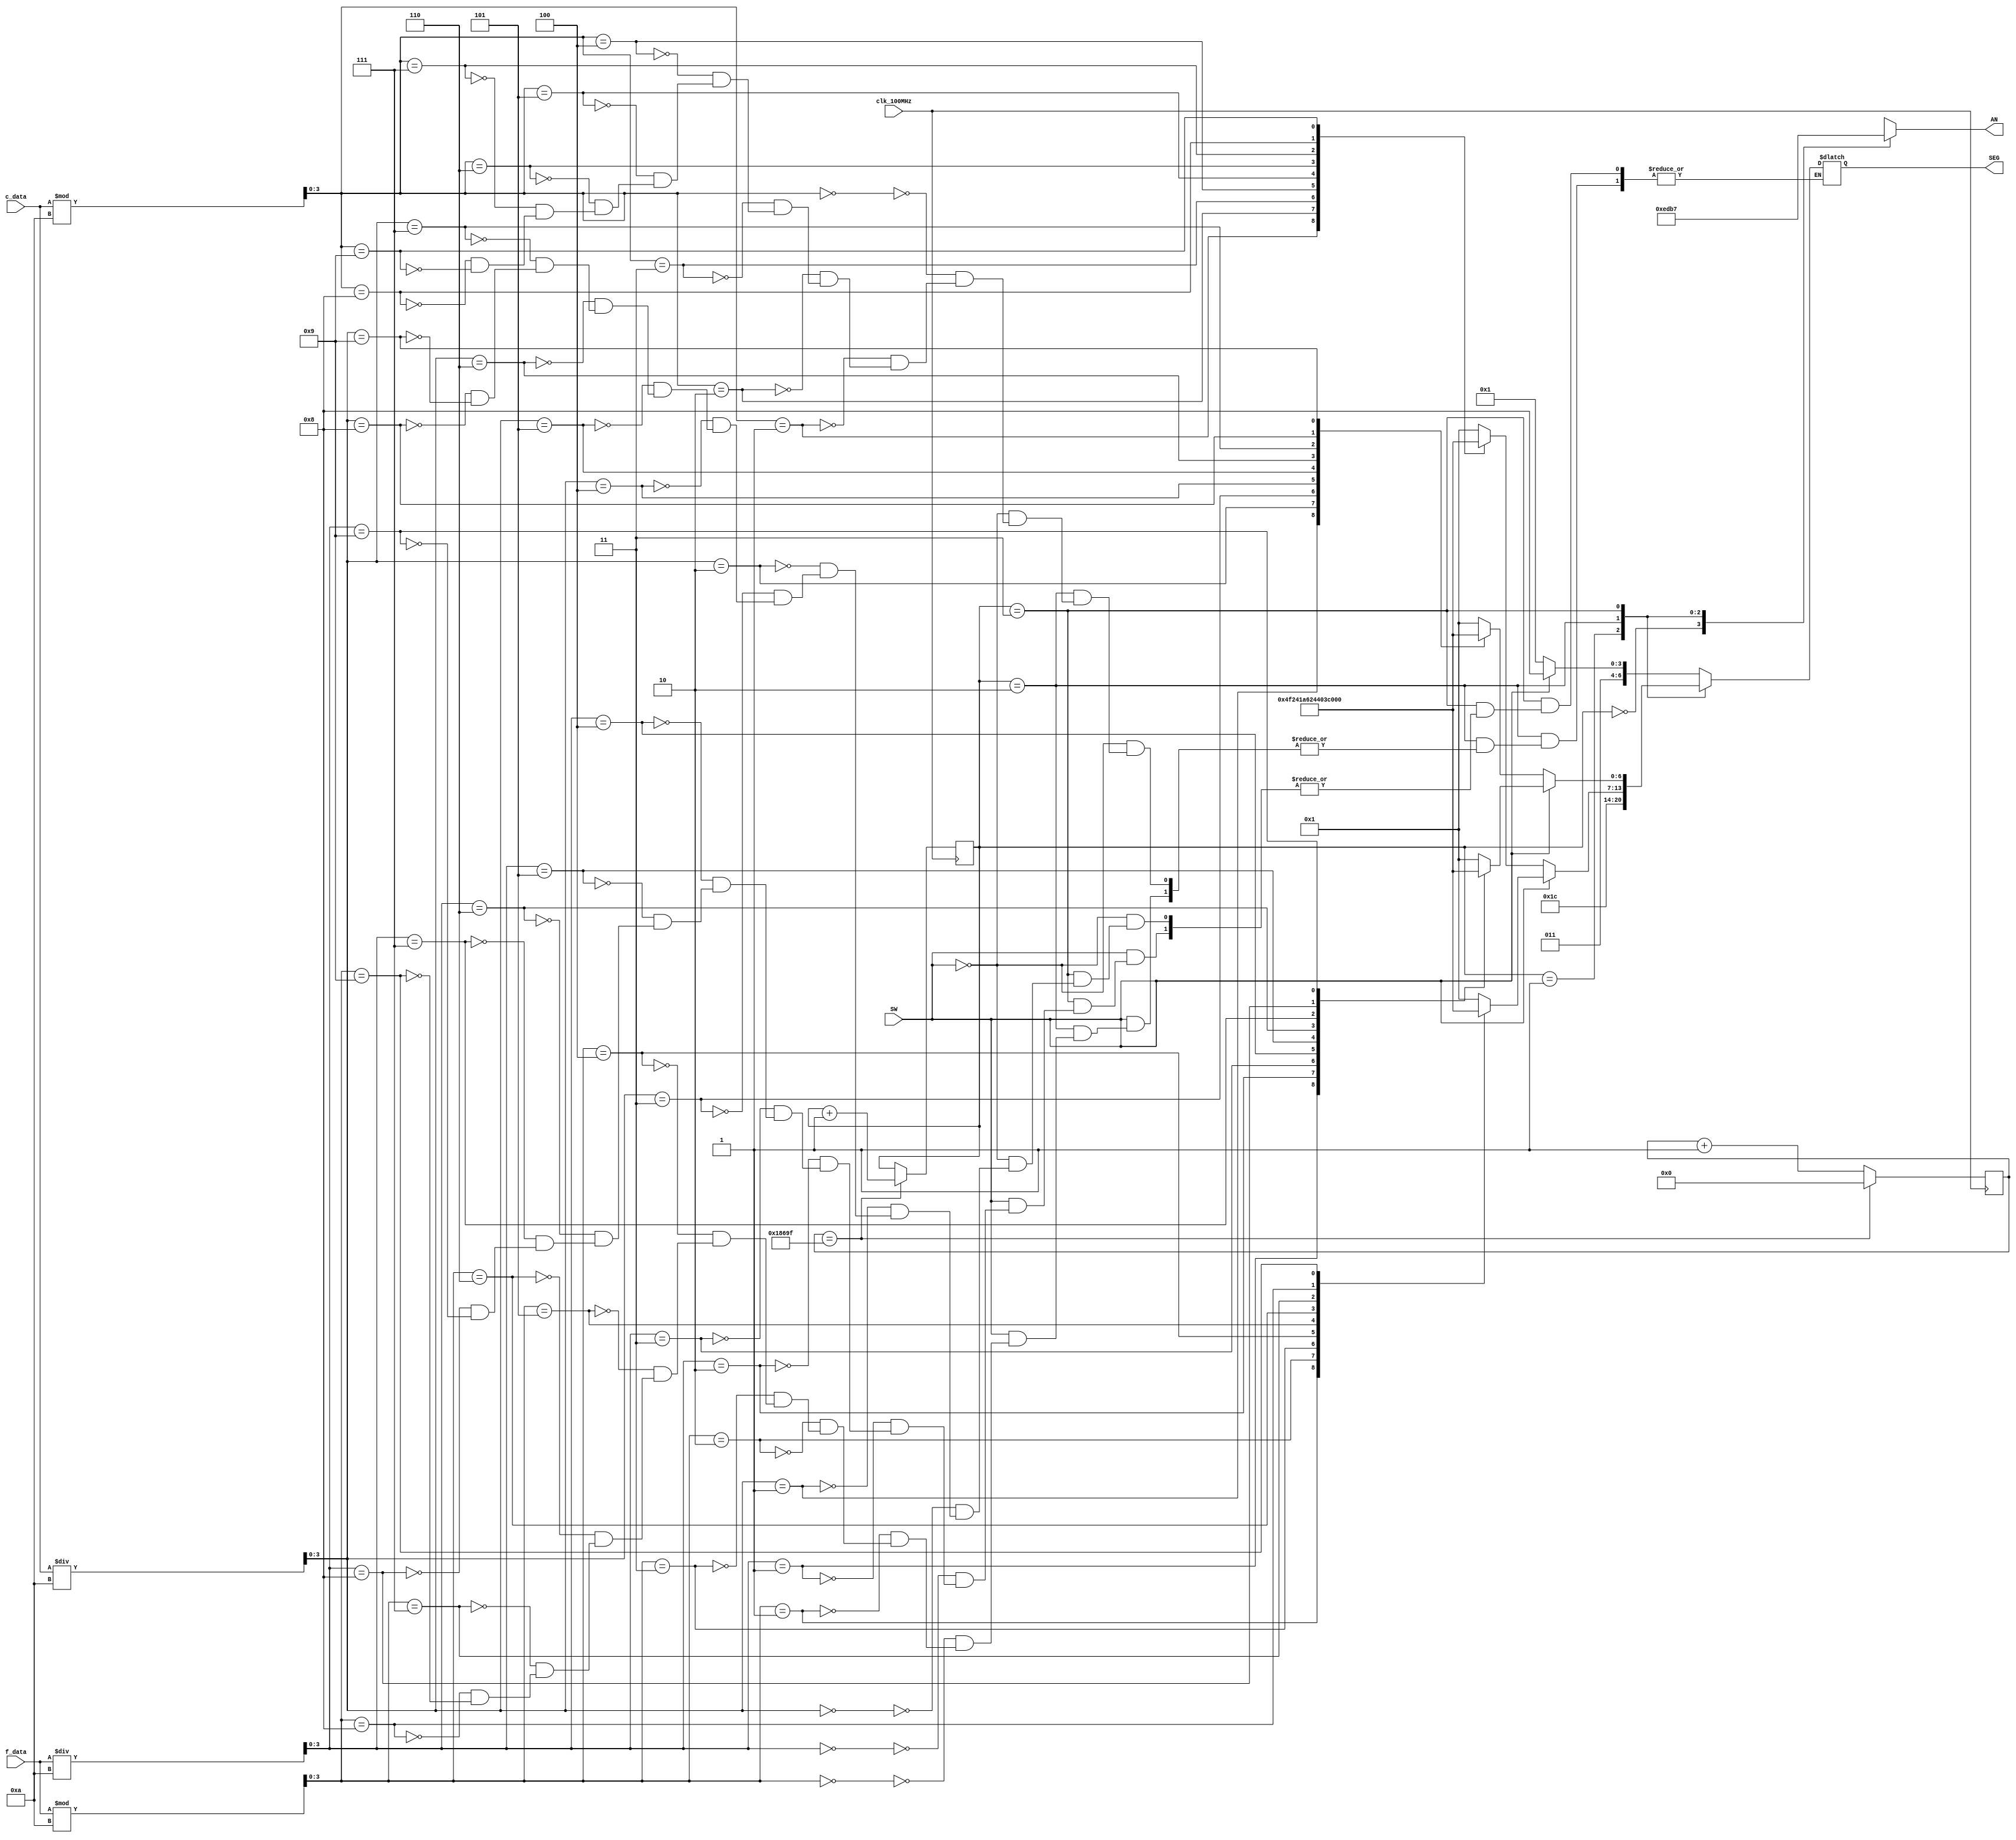
`timescale 1ns / 1ps
// Created by David J. Marion
// Date 4.27.2023
// 7 Segment Control for the Basys 3 PmodTMP2 Temperature Sensor
module seg7(
    input clk_100MHz,               // Basys 3 clock
    input SW,                       // SW0 on Basys 3
    input [7:0] c_data,             // Celsius data from i2c master
    input [7:0] f_data,             // Fahrenheit data from temp converter
    output reg [0:6] SEG,           // 7 Segments of Displays
    output reg [3:0] AN             // 4 Anodes of 8 to display Temp
    );
    
    // Binary to BCD conversion of temperature data
    wire [3:0] c_tens, c_ones, f_tens, f_ones;
    assign c_tens = c_data / 10;            // tens value of celsius data
    assign c_ones = c_data % 10;            // ones value of celsius data
    assign f_tens = f_data / 10;            // tens value of fahrenheit data
    assign f_ones = f_data % 10;            // ones value of fahrenheit data
    
    // Parameters for segment patterns
    parameter ZERO  = 7'b000_0001;  // 0
    parameter ONE   = 7'b100_1111;  // 1
    parameter TWO   = 7'b001_0010;  // 2 
    parameter THREE = 7'b000_0110;  // 3
    parameter FOUR  = 7'b100_1100;  // 4
    parameter FIVE  = 7'b010_0100;  // 5
    parameter SIX   = 7'b010_0000;  // 6
    parameter SEVEN = 7'b000_1111;  // 7
    parameter EIGHT = 7'b000_0000;  // 8
    parameter NINE  = 7'b000_0100;  // 9
    parameter DEG   = 7'b001_1100;  // degrees symbol
    parameter C     = 7'b011_0001;  // C
    parameter F     = 7'b011_1000;  // F
    
    // To select each digit in turn
    reg [1:0] anode_select;         // 2 bit counter for selecting each of 4 digits
    reg [16:0] anode_timer;         // counter for digit refresh
    
    // Logic for controlling digit select and digit timer
    always @(posedge clk_100MHz) begin
        // 1ms x 4 displays = 4ms refresh period
        if(anode_timer == 99_999) begin         // The period of 100MHz clock is 10ns (1/100,000,000 seconds)
            anode_timer <= 0;                   // 10ns x 100,000 = 1ms
            anode_select <=  anode_select + 1;
        end
        else
            anode_timer <=  anode_timer + 1;
    end
    
    // Logic for driving the 4 bit anode output based on digit select
    always @(anode_select) begin
        case(anode_select) 
            2'b00 : AN = 4'b1110;   // Turn on ones digit
            2'b01 : AN = 4'b1101;   // Turn on tens digit
            2'b10 : AN = 4'b1011;   // Turn on hundreds digit
            2'b11 : AN = 4'b0111;   // Turn on thousands digit
        endcase
    end
    
    always @*
        case(anode_select)
            2'b00 : begin
                        if(SW)
                            SEG = F;    // Set to F for Fahrenheit
                        else
                            SEG = C;    // Set to C for Celsius    
            end      
                  
            2'b01 : SEG = DEG;          // Set to degrees symbol
                    
            2'b10 : begin               // TEMPERATURE ONES DIGIT
                        if(SW)
                            case(f_ones)
                                4'b0000 : SEG = ZERO;
                                4'b0001 : SEG = ONE;
                                4'b0010 : SEG = TWO;
                                4'b0011 : SEG = THREE;
                                4'b0100 : SEG = FOUR;
                                4'b0101 : SEG = FIVE;
                                4'b0110 : SEG = SIX;
                                4'b0111 : SEG = SEVEN;
                                4'b1000 : SEG = EIGHT;
                                4'b1001 : SEG = NINE;
                            endcase
                        else
                            case(c_ones)
                                4'b0000 : SEG = ZERO;
                                4'b0001 : SEG = ONE;
                                4'b0010 : SEG = TWO;
                                4'b0011 : SEG = THREE;
                                4'b0100 : SEG = FOUR;
                                4'b0101 : SEG = FIVE;
                                4'b0110 : SEG = SIX;
                                4'b0111 : SEG = SEVEN;
                                4'b1000 : SEG = EIGHT;
                                4'b1001 : SEG = NINE;
                            endcase
            end
                    
            2'b11 : begin       // TEMPERATURE TENS DIGIT
                        if(SW)
                            case(f_tens)
                                4'b0000 : SEG = ZERO;
                                4'b0001 : SEG = ONE;
                                4'b0010 : SEG = TWO;
                                4'b0011 : SEG = THREE;
                                4'b0100 : SEG = FOUR;
                                4'b0101 : SEG = FIVE;
                                4'b0110 : SEG = SIX;
                                4'b0111 : SEG = SEVEN;
                                4'b1000 : SEG = EIGHT;
                                4'b1001 : SEG = NINE;
                            endcase
                        else
                            case(c_tens)
                                4'b0000 : SEG = ZERO;
                                4'b0001 : SEG = ONE;
                                4'b0010 : SEG = TWO;
                                4'b0011 : SEG = THREE;
                                4'b0100 : SEG = FOUR;
                                4'b0101 : SEG = FIVE;
                                4'b0110 : SEG = SIX;
                                4'b0111 : SEG = SEVEN;
                                4'b1000 : SEG = EIGHT;
                                4'b1001 : SEG = NINE;
                            endcase 
            end
        endcase
    
endmodule